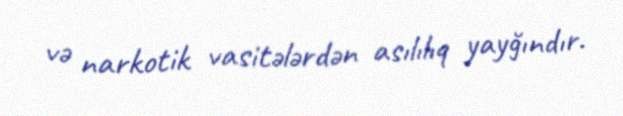
və narkotik vasitələrdən asılılıq yayğındır.